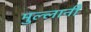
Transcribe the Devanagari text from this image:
मुल्लानी